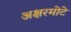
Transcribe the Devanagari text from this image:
अक्षरमोटे